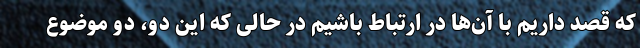
که قصد داریم با آن‌ها در ارتباط باشیم در حالی که این دو، دو موضوع